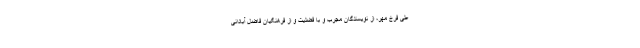
علی فرخ مهر، از نویسندگان مجرب و با فضلیت و از فرهنگیان فاضل آبادانی